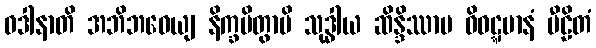
ဝဒါနာတိ အဘိဘဝေယျ နိက္ခမိတွာပိ သုဒ္ဓါယ ဆိန္ဒိဿာမ ဝိဝဋ္ဋမာနံ ပီဠိတံ